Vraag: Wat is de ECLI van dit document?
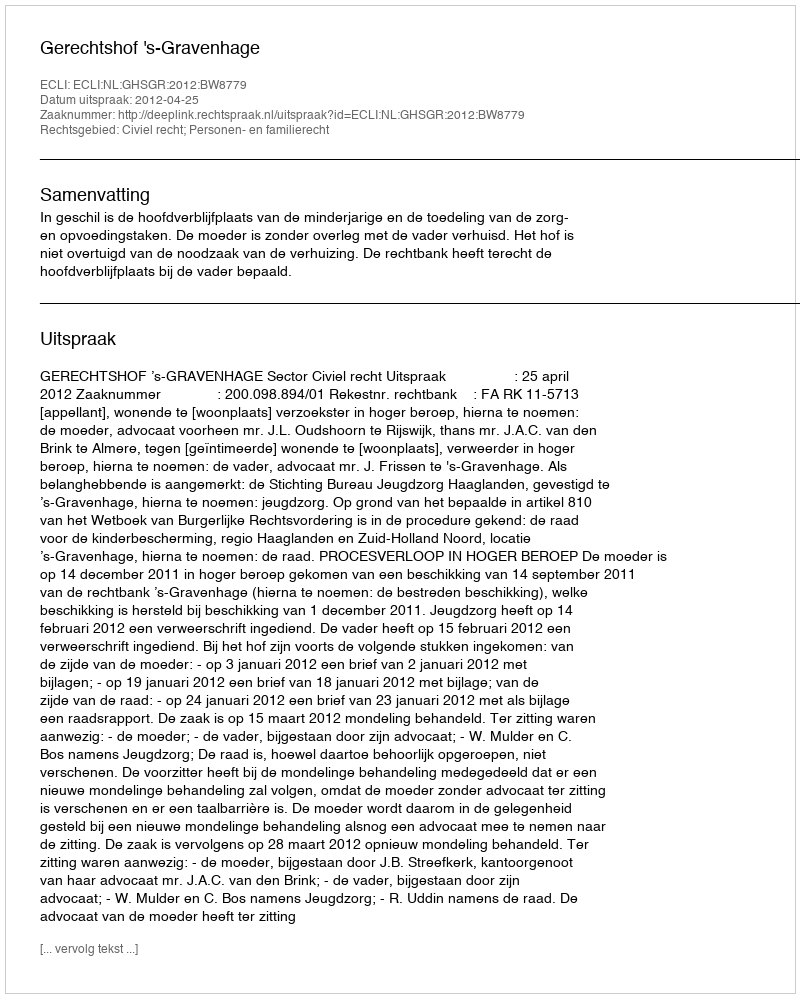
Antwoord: ECLI:NL:GHSGR:2012:BW8779